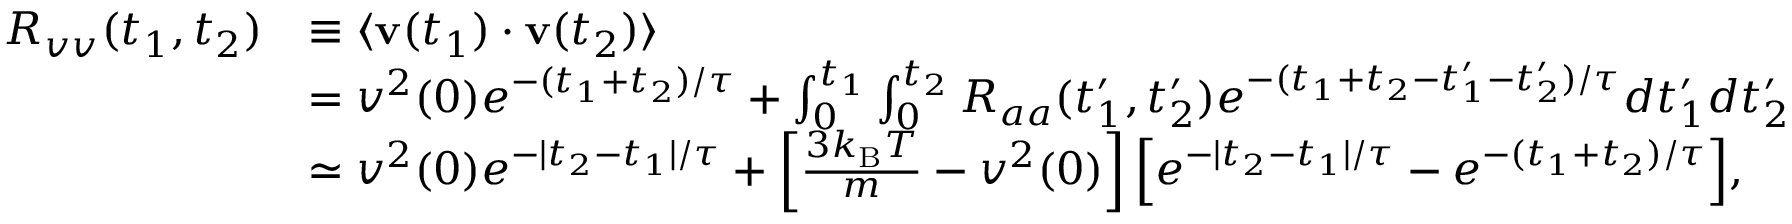
{ \begin{array} { r l } { R _ { v v } ( t _ { 1 } , t _ { 2 } ) } & { \equiv \langle \mathbf { v } ( t _ { 1 } ) \cdot \mathbf { v } ( t _ { 2 } ) \rangle } \\ & { = v ^ { 2 } ( 0 ) e ^ { - ( t _ { 1 } + t _ { 2 } ) / \tau } + \int _ { 0 } ^ { t _ { 1 } } \int _ { 0 } ^ { t _ { 2 } } R _ { a a } ( t _ { 1 } ^ { \prime } , t _ { 2 } ^ { \prime } ) e ^ { - ( t _ { 1 } + t _ { 2 } - t _ { 1 } ^ { \prime } - t _ { 2 } ^ { \prime } ) / \tau } d t _ { 1 } ^ { \prime } d t _ { 2 } ^ { \prime } } \\ & { \simeq v ^ { 2 } ( 0 ) e ^ { - | t _ { 2 } - t _ { 1 } | / \tau } + \left[ { \frac { 3 k _ { \mathrm { B } } T } { m } } - v ^ { 2 } ( 0 ) \right] { \Big [ } e ^ { - | t _ { 2 } - t _ { 1 } | / \tau } - e ^ { - ( t _ { 1 } + t _ { 2 } ) / \tau } { \Big ] } , } \end{array} }